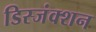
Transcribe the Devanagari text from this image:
डिस्जंक्शन